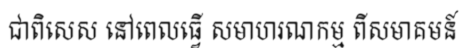
ជាពិសេស នៅពេលធ្វើ សមាហរណកម្ម ពីសមាគមន៍